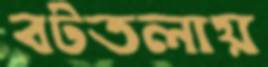
বটতলায়